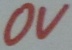
Text: 0V